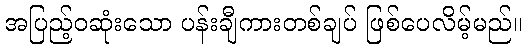
အပြည့်ဝဆုံးသော ပန်းချီကားတစ်ချပ် ဖြစ်ပေလိမ့်မည်။